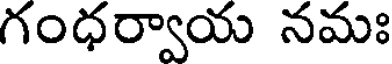
గంధర్వాయ నమః